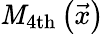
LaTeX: \mathit{M}_{\mathrm{{4th}}}\left(\vec{{x}}\right)